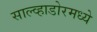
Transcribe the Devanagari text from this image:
साल्व्हाडोरमध्ये